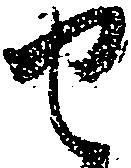
せ